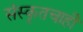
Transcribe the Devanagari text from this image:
संस्कृतचाही